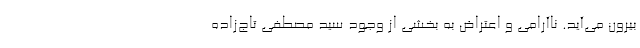
بیرون می‌آید. ناآرامی و اعتراض به بخشی از وجود سید مصطفی تاج‌زاده